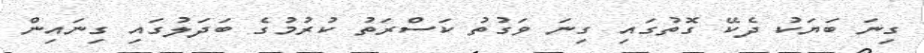
ގިނަ ބަޔަކު ދެކޭ ގޮތުގައި ގިނަ ވަގުތު ކަސްރަތު ކުރުމުގެ ބަދަލުގައި ގިނައިން